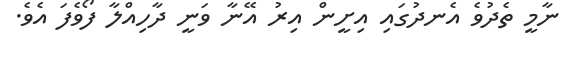
ނާމީ ތެދުވެ އެނދުގައި އިށީން އިރު އޭނާ ވަނީ ދާހިއްލާ ފޯވެފަ އެވެ.